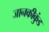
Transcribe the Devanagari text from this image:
जानकीकुंड